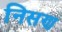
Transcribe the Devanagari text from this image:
निसण